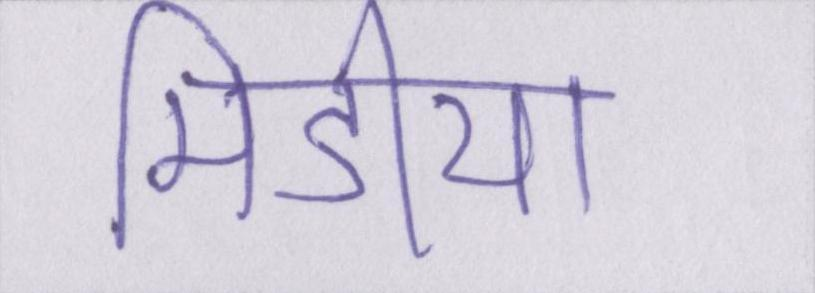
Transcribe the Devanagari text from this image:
मिडीया